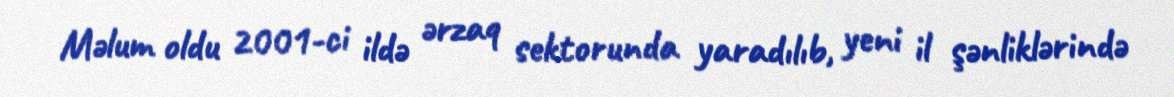
Məlum oldu 2001-ci ildə ərzaq sektorunda yaradılıb, yeni il şənliklərində